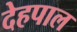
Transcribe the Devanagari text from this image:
देहपाल